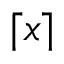
\lceil x \rceil